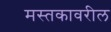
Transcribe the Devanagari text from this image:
मस्तकावरील